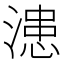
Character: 漶